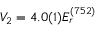
V _ { 2 } = 4 . 0 ( 1 ) E _ { r } ^ { ( 7 5 2 ) }